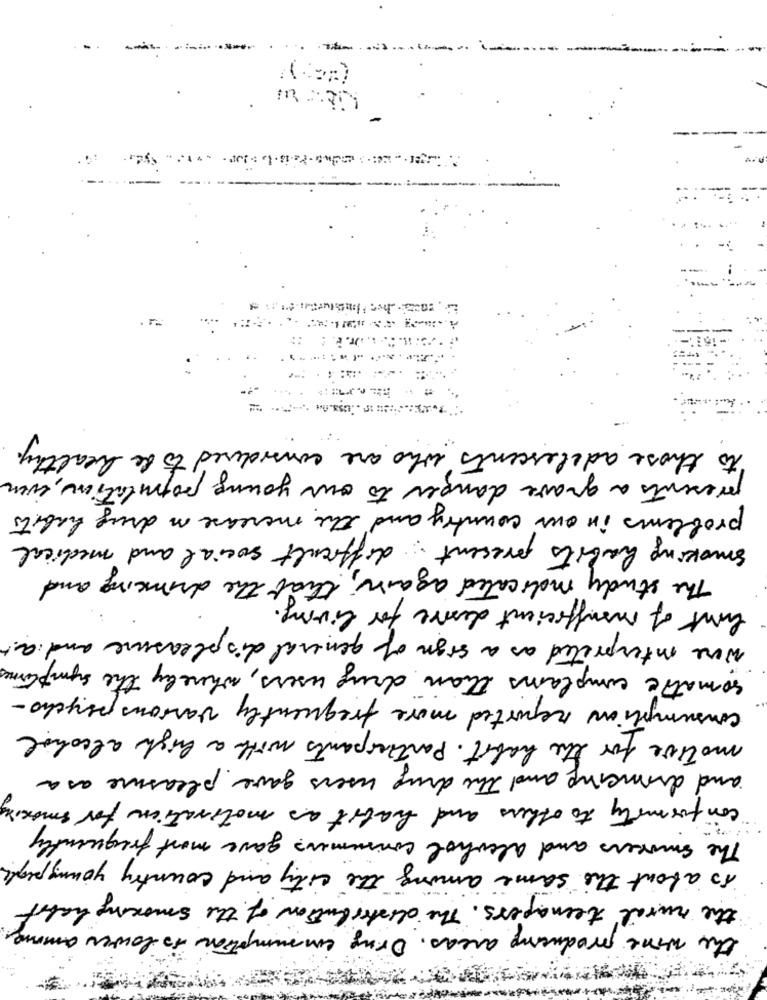
****-------
to those adolescents who are considered to be healthy.
presents a grave danger to our young population, even
problems in our country and the merease in drug habits
smoking habits present difficult social and medical
The study indicated again, that the drinking and
hint of insufficient desire for living.
were interpreted as a sign of general displeasure and at
somatic complains than drug users, whereby the symptoms
consumption reported more frequently various psycho-
motive for the habit . Participants with a high alcohol
and drinking and The drug users gave pleasure as a
conformity to others and habit as motivation for smoking
The smokers and alcohol consumers gave most frequently
is about the same among the city and country young people.
the rural teenagers . The distribution of the smoking haft
the wire producing areas. Drug emsumption is lower among.